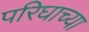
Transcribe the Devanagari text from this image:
परिघाच्या